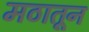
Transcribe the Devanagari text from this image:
मठातून